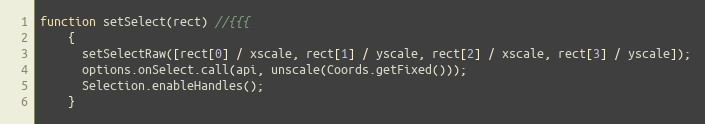
Language: JavaScript
function setSelect(rect) //{{{
    {
      setSelectRaw([rect[0] / xscale, rect[1] / yscale, rect[2] / xscale, rect[3] / yscale]);
      options.onSelect.call(api, unscale(Coords.getFixed()));
      Selection.enableHandles();
    }